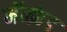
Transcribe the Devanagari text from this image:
मॅन्फ्रेड